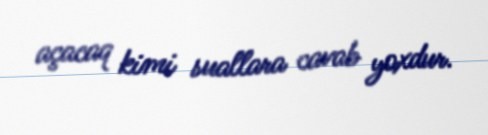
açacaq kimi suallara cavab yoxdur.